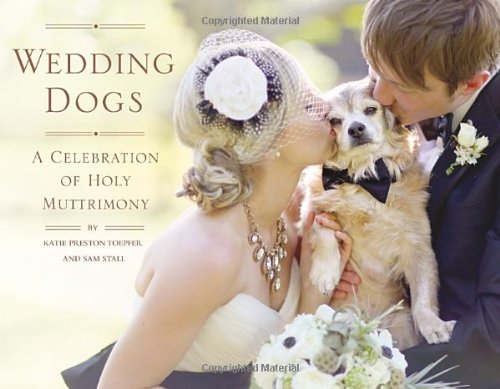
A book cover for Wedding Dogs: A Celebration of Holy Muttrimony; Katie Preston Toepfer; Crafts, Hobbies & Home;